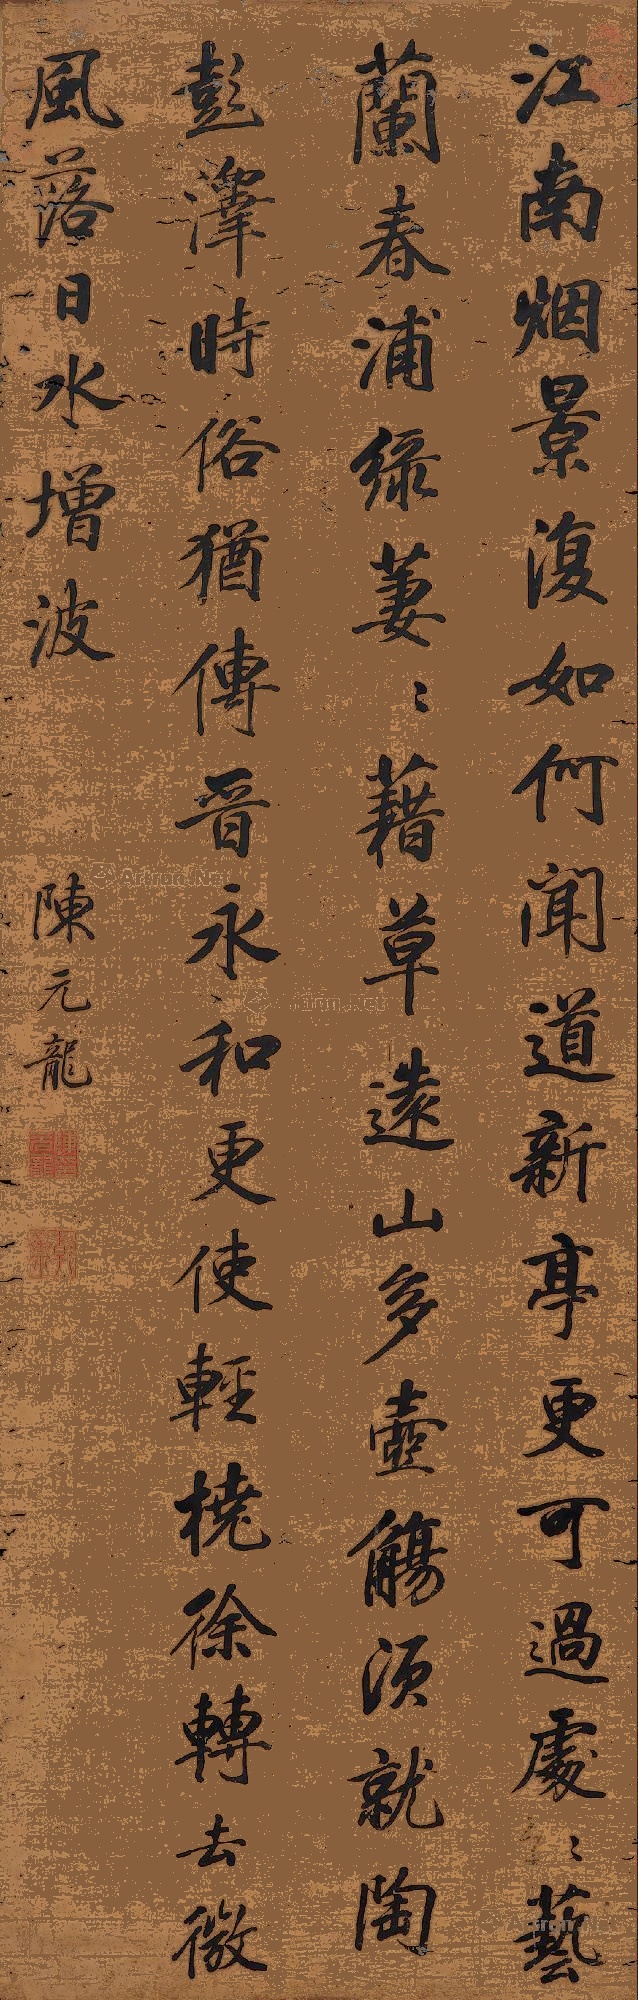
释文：江南烟景复如何，闻道新亭更可过。处处艺兰春浦绿，萋萋藉草远山多。壶觞须就陶彭泽，时俗犹传晋永和。更使轻桡徐转去，微风落日水增波。陈元龙。